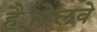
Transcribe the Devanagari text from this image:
है।रेलवे